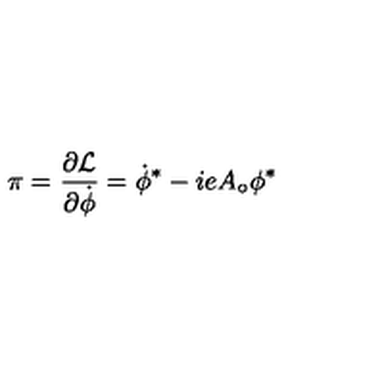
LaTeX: \pi = \frac { \partial { \cal L } } { \partial \dot { \phi } } = \dot { \phi } ^ { * } - i e A _ { \circ } \phi ^ { * }